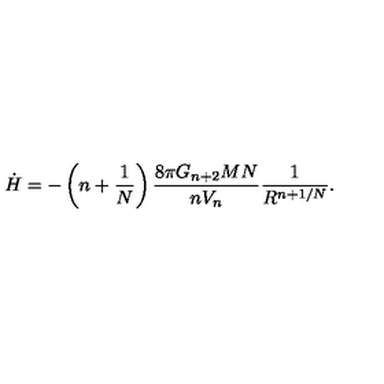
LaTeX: \dot { H } = - \left( n + \frac { 1 } { N } \right) \frac { 8 \pi G _ { n + 2 } M N } { n V _ { n } } \frac { 1 } { R ^ { n + 1 / N } } .